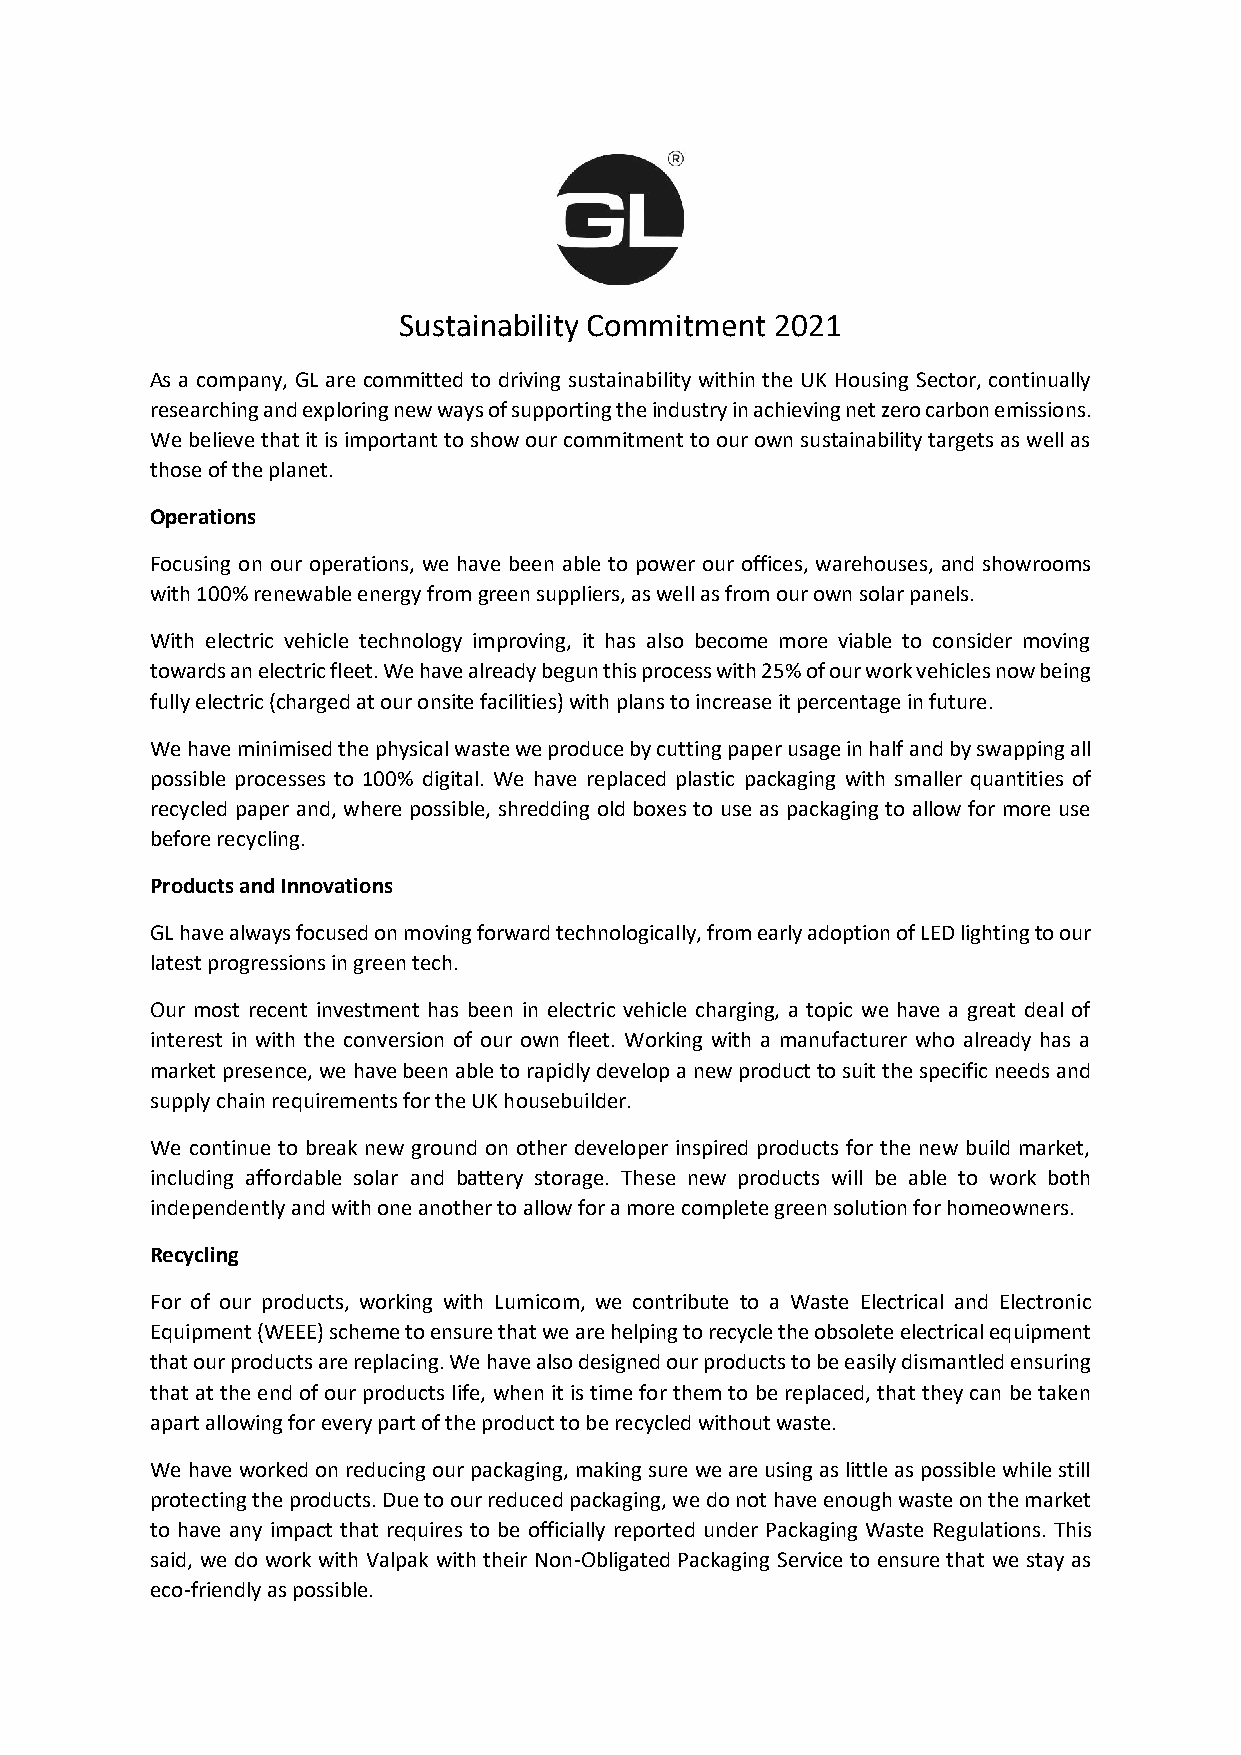
Sustainability Commitment 2021
 As a company, GL are committed to driving sustainability within the UK Housing Sector, continually
 researching and exploring new ways of supporting the industry in achieving net zero carbon emissions.
 We believe that it is important to show our commitment to our own sustainability targets as well as
 those of the planet.
 Operations
 Focusing on our operations, we have been able to power our offices, warehouses, and showrooms
 with 100% renewable energy from green suppliers, as well as from our own solar panels.
 With electric vehicle technology improving, it has also become more viable to consider moving
 towards an electric fleet. We have already begun this process with 25% of our work vehicles now being
 fully electric (charged at our onsite facilities) with plans to increase it percentage in future.
 We have minimised the physical waste we produce by cutting paper usage in half and by swapping all
 possible processes to 100% digital. We have replaced plastic packaging with smaller quantities of
 recycled paper and, where possible, shredding old boxes to use as packaging to allow for more use
 before recycling.
 Products and Innovations
 GL have always focused on moving forward technologically, from early adoption of LED lighting to our
 latest progressions in green tech.
 Our most recent investment has been in electric vehicle charging, a topic we have a great deal of
 interest in with the conversion of our own fleet. Working with a manufacturer who already has a
 market presence, we have been able to rapidly develop a new product to suit the specific needs and
 supply chain requirements for the UK housebuilder.
 We continue to break new ground on other developer inspired products for the new build market,
 including affordable solar and battery storage. These new products will be able to work both
 independently and with one another to allow for a more complete green solution for homeowners.
 Recycling
 For of our products, working with Lumicom, we contribute to a Waste Electrical and Electronic
 Equipment (WEEE) scheme to ensure that we are helping to recycle the obsolete electrical equipment
 that our products are replacing. We have also designed our products to be easily dismantled ensuring
 that at the end of our products life, when it is time for them to be replaced, that they can be taken
 apart allowing for every part of the product to be recycled without waste.
 We have worked on reducing our packaging, making sure we are using as little as possible while still
 protecting the products. Due to our reduced packaging, we do not have enough waste on the market
 to have any impact that requires to be officially reported under Packaging Waste Regulations. This
 said, we do work with Valpak with their Non-Obligated Packaging Service to ensure that we stay as
 eco-friendly as possible.